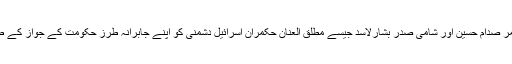
تاریخی طور پر عراقی آمر صدام حسین اور شامی صدر بشارلاسد جیسے مطلق العنان حکمران اسرائیل دشمنی کو اپنے جابرانہ طرز حکومت کے جواز کے طور پر پیش کرتے رہے۔